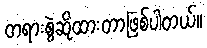
တရားစွဲဆိုထားတာဖြစ်ပါတယ်။